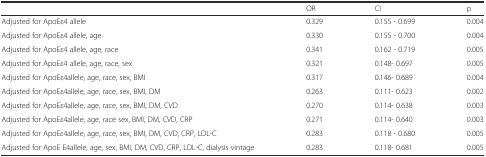
|  | OR | CI | p |
 | --- | --- | --- | --- |
 | Adjusted for ApoEε4 allele | 0.329 | 0.155 - 0.699 | 0.004 |
 | Adjusted for ApoEε4 allele, age | 0.330 | 0.155 - 0.700 | 0.004 |
 | Adjusted for ApoEε4 allele, age, race | 0.341 | 0.162 - 0.719 | 0.005 |
 | Adjusted for ApoEε4 allele, age, race, sex | 0.321 | 0.148- 0.697 | 0.005 |
 | Adjusted for ApoEε4allele, age, race, sex, BMI | 0.317 | 0.146- 0.689 | 0.004 |
 | Adjusted for ApoEε4allele, age, race, sex, BMI, DM | 0.263 | 0.111- 0.623 | 0.002 |
 | Adjusted for ApoEε4allele, age, race, sex, BMI, DM, CVD | 0.270 | 0.114- 0.638 | 0.003 |
 | Adjusted for ApoEε4allele, age, race sex, BMI, DM, CVD, CRP | 0.271 | 0.114- 0.640 | 0.003 |
 | Adjusted for ApoEε4allele, age, race, sex, BMI, DM, CVD, CRP, LDL-C | 0.283 | 0.118 - 0.680 | 0.005 |
 | Adjusted for ApoE E4allele, age, sex, BMI, DM, CVD, CRP, LDL-C, dialysis vintage | 0.283 | 0.118- 0.681 | 0.005 |